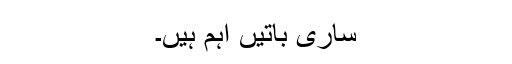
ساری باتیں اہم ہیں۔